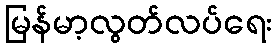
မြန်မာ့လွတ်လပ်ရေး